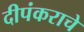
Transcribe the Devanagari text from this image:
दीपंकराचे